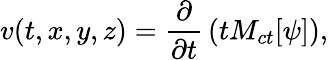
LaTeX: v(t,x,y,z)={\frac{\partial}{\partial t}}\left(tM_{ct}[\psi]\right),